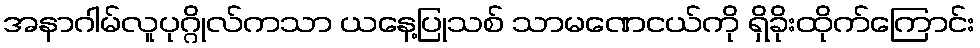
အနာဂါမ်လူပုဂ္ဂိုလ်ကသာ ယနေ့ပြုသစ် သာမဏေငယ်ကို ရှိခိုးထိုက်ကြောင်း